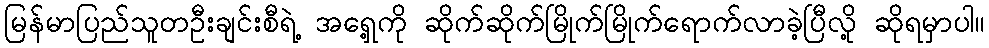
မြန်မာပြည်သူတဦးချင်းစီရဲ့ အရှေ့ကို ဆိုက်ဆိုက်မြိုက်မြိုက်ရောက်လာခဲ့ပြီလို့ ဆိုရမှာပါ။